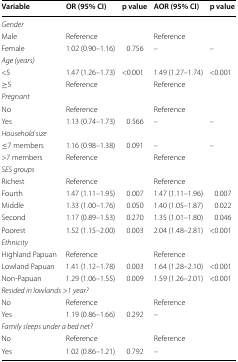
<table><thead><tr><td><b>Variable</b></td><td><b>OR (95% CI)</b></td><td><b>p value</b></td><td><b>AOR (95% CI)</b></td><td><b>p value</b></td></tr></thead><tbody><tr><td colspan="5"><i>Gender</i></td></tr><tr><td>Male</td><td>Reference</td><td></td><td>Reference</td><td></td></tr><tr><td>Female</td><td>1.02 (0.90–1.16)</td><td>0.756</td><td>–</td><td>–</td></tr><tr><td colspan="5"><i>Age (years)</i></td></tr><tr><td>&lt;5</td><td>1.47 (1.26–1.73)</td><td>&lt;0.001</td><td>1.49 (1.27–1.74)</td><td>&lt;0.001</td></tr><tr><td>≥5</td><td>Reference</td><td></td><td>Reference</td><td></td></tr><tr><td colspan="5"><i>Pregnant</i></td></tr><tr><td>No</td><td>Reference</td><td></td><td>Reference</td><td></td></tr><tr><td>Yes</td><td>1.13 (0.74–1.73)</td><td>0.566</td><td>–</td><td>–</td></tr><tr><td colspan="5"><i>Household size</i></td></tr><tr><td>≤7 members</td><td>1.16 (0.98–1.38)</td><td>0.091</td><td>–</td><td>–</td></tr><tr><td>&gt;7 members</td><td>Reference</td><td></td><td>Reference</td><td></td></tr><tr><td colspan="5"><i>SES groups</i></td></tr><tr><td>Richest</td><td>Reference</td><td></td><td>Reference</td><td></td></tr><tr><td>Fourth</td><td>1.47 (1.11–1.95)</td><td>0.007</td><td>1.47 (1.11–1.96)</td><td>0.007</td></tr><tr><td>Middle</td><td>1.33 (1.00–1.76)</td><td>0.050</td><td>1.40 (1.05–1.87)</td><td>0.022</td></tr><tr><td>Second</td><td>1.17 (0.89–1.53)</td><td>0.270</td><td>1.35 (1.01–1.80)</td><td>0.046</td></tr><tr><td>Poorest</td><td>1.52 (1.15–2.00)</td><td>0.003</td><td>2.04 (1.48–2.81)</td><td>&lt;0.001</td></tr><tr><td colspan="5"><i>Ethnicity</i></td></tr><tr><td>Highland Papuan</td><td>Reference</td><td></td><td>Reference</td><td></td></tr><tr><td>Lowland Papuan</td><td>1.41 (1.12–1.78)</td><td>0.003</td><td>1.64 (1.28–2.10)</td><td>&lt;0.001</td></tr><tr><td>Non-Papuan</td><td>1.29 (1.06–1.55)</td><td>0.009</td><td>1.59 (1.26–2.01)</td><td>&lt;0.001</td></tr><tr><td colspan="5"><i>Resided in lowlands</i> &gt;<i>1</i> <i>year?</i></td></tr><tr><td>No</td><td>Reference</td><td></td><td>Reference</td><td></td></tr><tr><td>Yes</td><td>1.19 (0.86–1.66)</td><td>0.292</td><td>–</td><td></td></tr><tr><td colspan="5"><i>Family sleeps under a bed net?</i></td></tr><tr><td>No</td><td>Reference</td><td></td><td>Reference</td><td></td></tr><tr><td>Yes</td><td>1.02 (0.86–1.21)</td><td>0.792</td><td>–</td><td></td></tr></tbody></table>